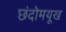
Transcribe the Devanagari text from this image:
छंदोमयूख